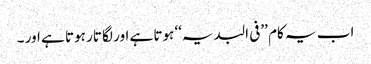
اب یہ کام ’’فی البدیہ‘‘ ہوتا ہے اور لگا تار ہوتا ہے اور ۔